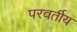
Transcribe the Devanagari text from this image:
परवर्तीय